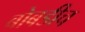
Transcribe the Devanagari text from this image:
बोबडीच